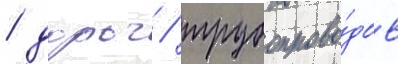
/ дорог / трубопрово́дов